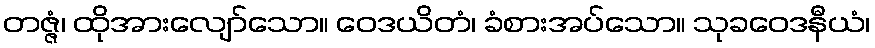
တဇ္ဇံ၊ ထိုအားလျော်သော။ ဝေဒယိတံ၊ ခံစားအပ်သော။ သုခဝေဒနီယံ၊